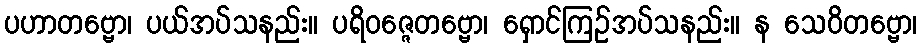
ပဟာတဗ္ဗော၊ ပယ်အပ်သနည်း။ ပရိဝဇ္ဇေတဗ္ဗော၊ ရှောင်ကြဉ်အပ်သနည်း။ န သေဝိတဗ္ဗော၊